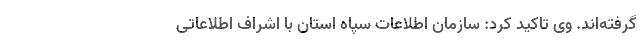
گرفته‌اند. وی تاکید کرد: سازمان اطلاعات سپاه استان با اشراف اطلاعاتی